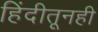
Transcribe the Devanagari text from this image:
हिंदीतूनही